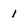
Character: 1